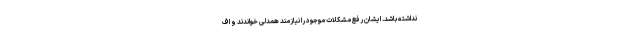
نداشته باشد. ایشان رفع مشکلات موجود را نیازمند همدلی خواندند و اف